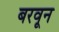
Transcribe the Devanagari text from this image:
बरवून